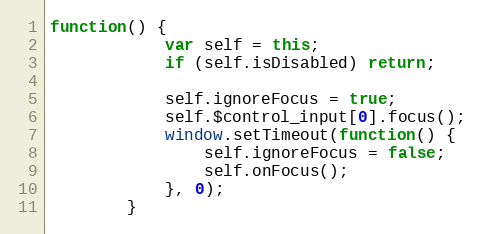
Language: JavaScript
function() {
			var self = this;
			if (self.isDisabled) return;

			self.ignoreFocus = true;
			self.$control_input[0].focus();
			window.setTimeout(function() {
				self.ignoreFocus = false;
				self.onFocus();
			}, 0);
		}